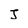
Character: J